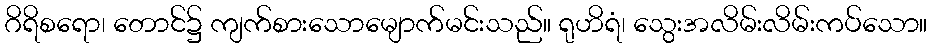
ဂိရိစရော၊ တောင်၌ ကျက်စားသောမျောက်မင်းသည်။ ရုဟိရံ၊ သွေးအလိမ်းလိမ်းကပ်သော။